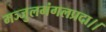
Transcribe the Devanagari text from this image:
मञ्जुलमंगलप्रदा।।